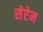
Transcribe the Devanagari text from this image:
सेप्टेम